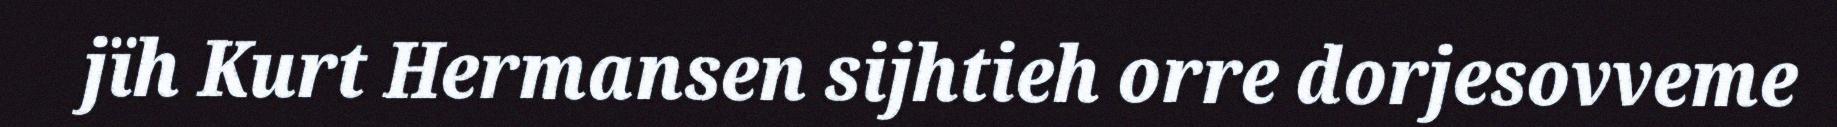
jïh Kurt Hermansen sijhtieh orre dorjesovveme